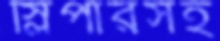
স্লিপারসহ